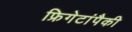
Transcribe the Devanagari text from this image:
फ्रिगेटांपैकी